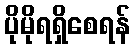
ပိုမိုရရှိစေရန်